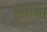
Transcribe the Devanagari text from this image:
शेंगेचा